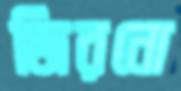
জিরনো